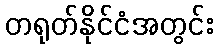
တရုတ်နိုင်ငံအတွင်း